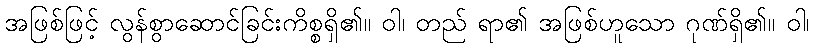
အဖြစ်ဖြင့် လွန်စွာဆောင်ခြင်းကိစ္စရှိ၏။ ဝါ၊ တည် ရာ၏ အဖြစ်ဟူသော ဂုဏ်ရှိ၏။ ဝါ၊